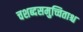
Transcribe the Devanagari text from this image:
चशब्दसमुच्चिताश्च